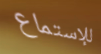
للإستماع